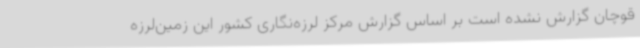
قوچان گزارش نشده است بر اساس گزارش مرکز لرزه‌نگاری کشور این زمین‌لرزه